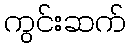
ကွင်းဆက်